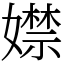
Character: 𡢾